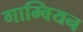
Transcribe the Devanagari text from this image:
गाम्बियन